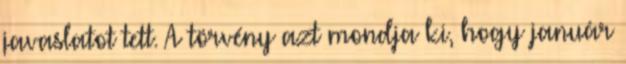
javaslatot tett. A törvény azt mondja ki, hogy január